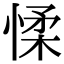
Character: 𢜸